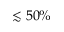
\lesssim 5 0 \%